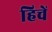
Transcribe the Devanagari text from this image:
हिचें